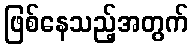
ဖြစ်နေသည့်အတွက်